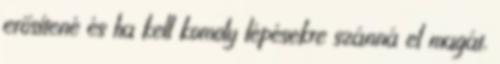
erősítené és ha kell komoly lépésekre szánná el magát,